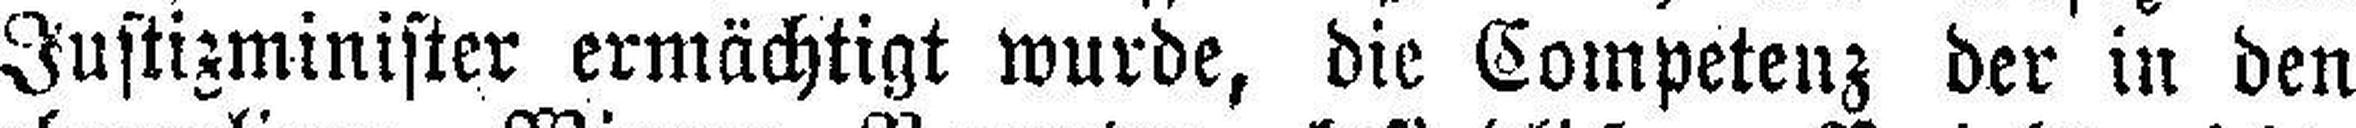
Justizminister ermächtigt wurde, die Competenz der in den